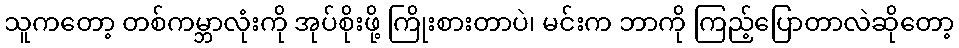
သူကတော့ တစ်ကမ္ဘာလုံးကို အုပ်စိုးဖို့ ကြိုးစားတာပဲ၊ မင်းက ဘာကို ကြည့်ပြောတာလဲဆိုတော့